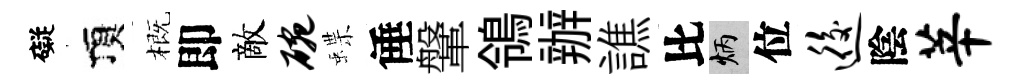
礙頂概即敵碗蝶倕鞶鴒辦譙比炳位逅陰莘